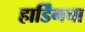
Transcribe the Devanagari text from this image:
हार्डिंगचा